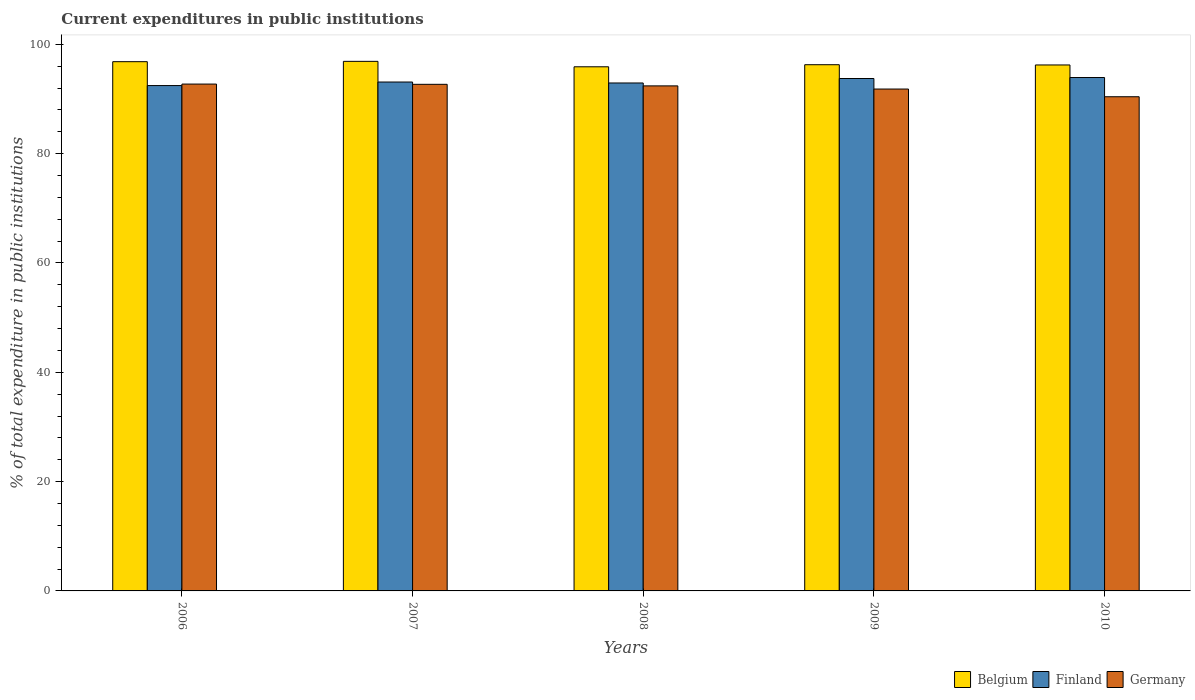
| Years | Belgium | Finland | Germany |
 | --- | --- | --- | --- |
 | 2006 | 96.8 | 92.5 | 92.7 |
 | 2007 | 96.9 | 93.1 | 92.7 |
 | 2008 | 95.9 | 92.9 | 92.4 |
 | 2009 | 96.3 | 93.7 | 91.8 |
 | 2010 | 96.2 | 93.9 | 90.4 |